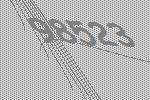
98523